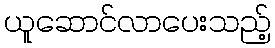
ယူဆောင်လာပေးသည့်